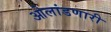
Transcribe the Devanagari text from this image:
ओलांडणारी